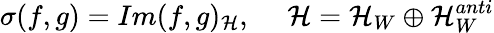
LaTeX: \sigma(f,g)=Im(f,g)_{\cal H},~~~~~{\cal H}={\cal H}_{W}\oplus{\cal H}_{W}^{anti}